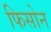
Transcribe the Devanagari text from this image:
फिसोन